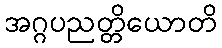
အဂ္ဂပညတ္တိယောတိ